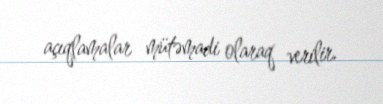
açıqlamalar mütəmadi olaraq verilir.